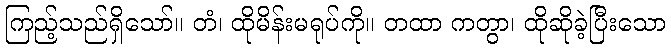
ကြည့်သည်ရှိသော်။ တံ၊ ထိုမိန်းမရုပ်ကို။ တထာ ကတွာ၊ ထိုဆိုခဲ့ပြီးသော